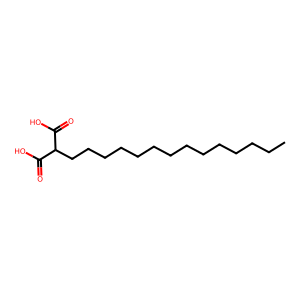
SMILES: CCCCCCCCCCCCCCC(C(=O)O)C(=O)O
Inhibits HIV replication: No